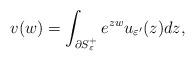
LaTeX: \begin{align*}v(w) = \int_{\partial S_{\varepsilon}^+} e^{zw} u_{\varepsilon'}(z)dz,\end{align*}